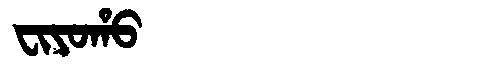
Manchu: ᠸᡳᠶᠣᡥᠣ
Romanization: FIYOHO